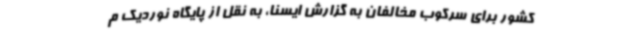
کشور برای سرکوب مخالفان به گزارش ایسنا، به نقل از پایگاه نوردیک م